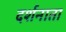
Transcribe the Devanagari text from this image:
दर्शनाता